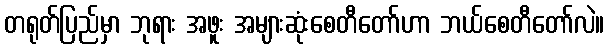
တရုတ်ပြည်မှာ ဘုရား အဖူး အများဆုံးစေတီတော်ဟာ ဘယ်စေတီတော်လဲ။